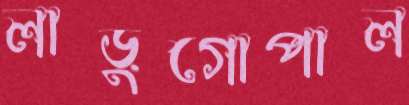
লাড়ুগোপাল